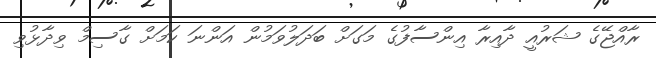
ރާއްޖޭގެ ޝަރުއީ ދާއިރާ އިންސާފުގެ މަގަށް ބަދަލުވަމުން އަންނަ ކަމަށް ގާސިމް ވިދާޅުވި